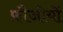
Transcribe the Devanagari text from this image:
फ़ौजीयों